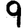
Digit: 9